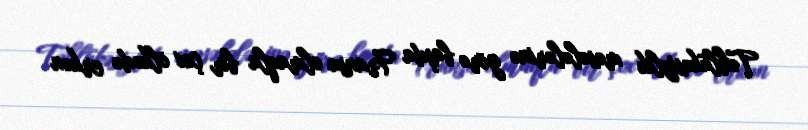
Təhlükəsizlik məsələlərinə görə başda Fransa olmaqla bir çox ölkədə erkən